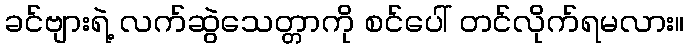
ခင်ဗျားရဲ့ လက်ဆွဲသေတ္တာကို စင်ပေါ် တင်လိုက်ရမလား။